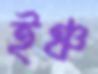
ইঞ্চ